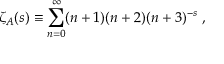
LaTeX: \zeta _ { \cal A } ( s ) \equiv \sum _ { n = 0 } ^ { \infty } ( n + 1 ) ( n + 2 ) ( n + 3 ) ^ { - s } \; ,